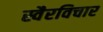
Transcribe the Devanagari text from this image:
स्वैरविचार